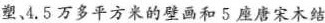
塑、4.5万多平方米的壁画和5座唐宋木结